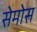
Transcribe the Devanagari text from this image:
सेमोस